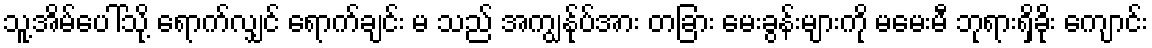
သူ့အိမ်ပေါ်သို့ ရောက်လျှင် ရောက်ချင်း မ သည် အကျွန်ုပ်အား တခြား မေးခွန်းများကို မမေးမီ ဘုရားရှိခိုး ကျောင်း